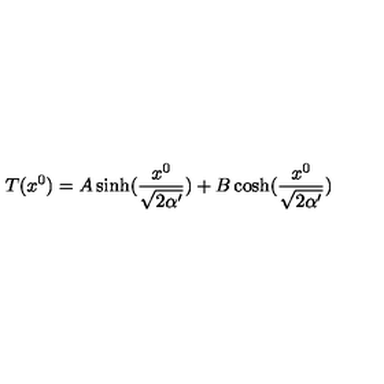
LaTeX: T ( x ^ { 0 } ) = A \sinh ( \frac { x ^ { 0 } } { \sqrt { 2 \alpha ^ { \prime } } } ) + B \cosh ( \frac { x ^ { 0 } } { \sqrt { 2 \alpha ^ { \prime } } } )